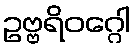
ဥဗ္ဗရိဝဂ္ဂေါ